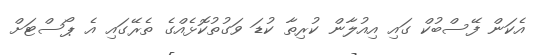
އެކަން ފޭސްބުކް ގައި އިއުލާން ކުރިތާ ކުޑަ ވަގުތުކޮޅެއްގެ ތެރޭގައި އެ ޕޯސްޓަށް